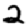
Digit: 2